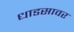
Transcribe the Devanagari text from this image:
धाडसावर